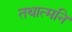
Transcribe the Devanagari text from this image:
तथात्मनि